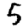
Digit: 5